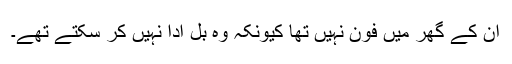
ان کے گھر میں فون نہیں تھا کیونکہ وہ بل ادا نہیں کر سکتے تھے۔